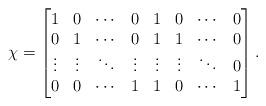
LaTeX: \begin{align*} \chi = \begin{bmatrix}1 & 0 & \cdots & 0 & 1 & 0 & \cdots &0\\0 & 1 & \cdots & 0 & 1 & 1 & \cdots &0\\\vdots & \vdots & \ddots & \vdots & \vdots & \vdots & \ddots &0\\0 & 0 & \cdots & 1 & 1 & 0 & \cdots & 1\end{bmatrix}.\end{align*}